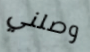
وصلني